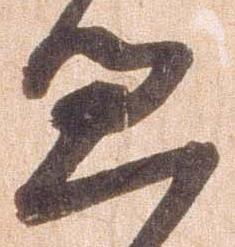
過